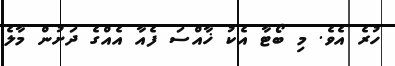
ހުރެ އެވެ. މި ބޯޓާ އެކު ޚާއްސަ ފެއާ އެއްގެ ދަށުން މާލެ